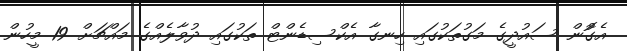
އެގޮުން ސައުދީގެ މަގުތަކުގައި ހިނގާ އެކްސިޑެންޓް ތަކުގައި ދުވާލެއްގެ މައްޗަށް 19 މީހުން